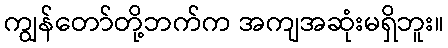
ကျွန်တော်တို့ဘက်က အကျအဆုံးမရှိဘူး။